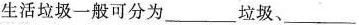
生活垃圾一般可分为 ___ 垃圾、___